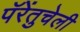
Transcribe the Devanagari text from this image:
पॅरेंतुचेली